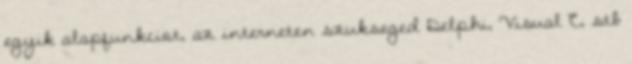
egyik alapfunkciot, az interneten szukseged Delphi, Visual C, stb